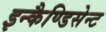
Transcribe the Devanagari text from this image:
इन्कैण्डिसेन्ट